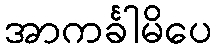
အာကင်္ခါမိပေ